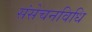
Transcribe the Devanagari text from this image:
संसेचनविधि